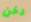
دخن